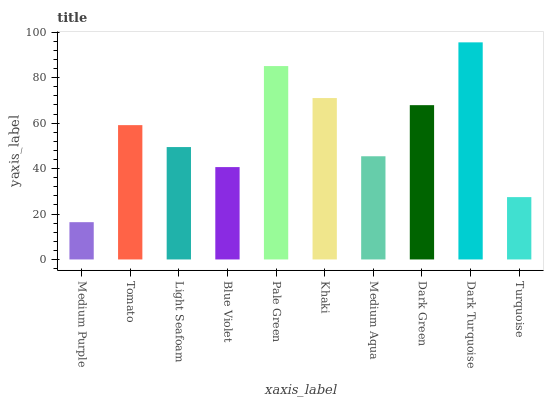
| xaxis_label | bars |
 | --- | --- |
 | Medium Purple | 16.4 |
 | Tomato | 59.1 |
 | Light Seafoam | 49.5 |
 | Blue Violet | 40.7 |
 | Pale Green | 85.1 |
 | Khaki | 71 |
 | Medium Aqua | 45.4 |
 | Dark Green | 67.9 |
 | Dark Turquoise | 95.5 |
 | Turquoise | 27.4 |